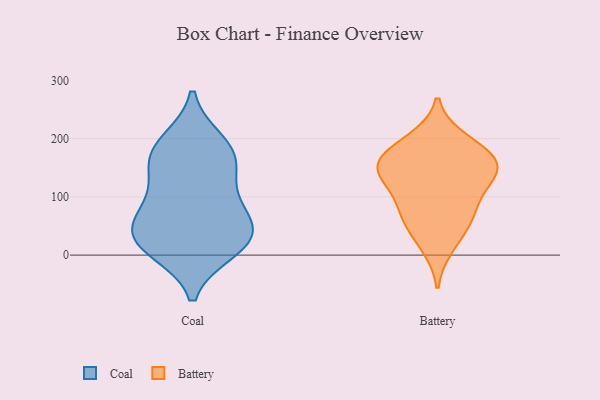
{"axis": {"x": "Population (Million)", "y": "Value"}, "legend": ["Battery", "Coal"], "data": [{"x": "", "y": 179, "type": "Coal"}, {"x": "", "y": 83, "type": "Coal"}, {"x": "", "y": 35, "type": "Coal"}, {"x": "", "y": 165, "type": "Coal"}, {"x": "", "y": 18, "type": "Coal"}, {"x": "", "y": 10, "type": "Coal"}, {"x": "", "y": 193, "type": "Coal"}, {"x": "", "y": 113, "type": "Coal"}, {"x": "", "y": 28, "type": "Coal"}, {"x": "", "y": 68, "type": "Coal"}, {"x": "", "y": 39, "type": "Coal"}, {"x": "", "y": 159, "type": "Coal"}, {"x": "", "y": 155, "type": "Battery"}, {"x": "", "y": 134, "type": "Battery"}, {"x": "", "y": 81, "type": "Battery"}, {"x": "", "y": 198, "type": "Battery"}, {"x": "", "y": 51, "type": "Battery"}, {"x": "", "y": 161, "type": "Battery"}, {"x": "", "y": 15, "type": "Battery"}, {"x": "", "y": 188, "type": "Battery"}, {"x": "", "y": 144, "type": "Battery"}, {"x": "", "y": 137, "type": "Battery"}, {"x": "", "y": 97, "type": "Battery"}, {"x": "", "y": 163, "type": "Battery"}, {"x": "", "y": 63, "type": "Battery"}]}